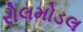
રોલમોડલ